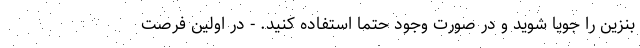
بنزین را جویا شوید و در صورت وجود حتما استفاده کنید. - در اولین فرصت